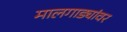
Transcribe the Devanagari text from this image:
मालगाड्यांवर